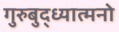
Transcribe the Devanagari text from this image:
गुरुबुद्ध्यात्मनो